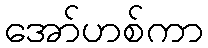
အော်ဟစ်ကာ